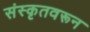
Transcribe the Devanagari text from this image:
संस्कृतवरून